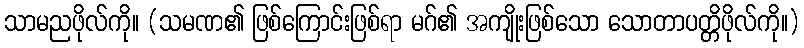
သာမညဖိုလ်ကို။ (သမဏ၏ ဖြစ်ကြောင်းဖြစ်ရာ မဂ်၏ အကျိုးဖြစ်သော သောတာပတ္တိဖိုလ်ကို။)